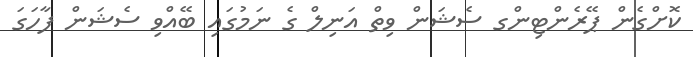
ކޮށްގެން ޕޭރެންޓިންގ ސެޝަން ވިތް އަނިލް ގެ ނަމުގައި ބޭއްވި ސެޝަން ފާހަގަ